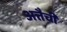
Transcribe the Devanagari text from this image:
अत्तैची